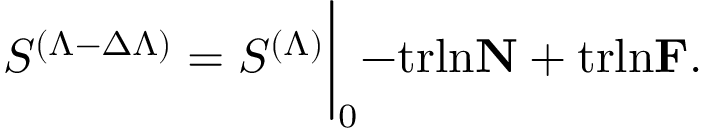
S ^ { ( \Lambda - \Delta \Lambda ) } = S ^ { ( \Lambda ) } \biggl \vert _ { 0 } - \mathrm { t r l n } { \bf N } + \mathrm { t r l n } { \bf \cal F } .